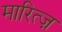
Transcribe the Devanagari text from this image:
मारित्ज़